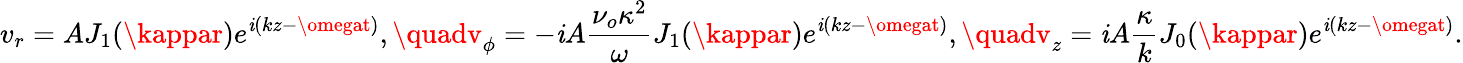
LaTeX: v_{r}=AJ_{1}(\kappar)e^{\mathit{i}(kz-\omegat)},\quadv_{\phi}=-\mathit{i}A\frac{{\nu_{o}\kappa^{2}}}{{\omega}}J_{1}(\kappar)e^{\mathit{i}(kz-\omegat)},\quadv_{z}=\mathit{i}A\frac{{\kappa}}{{k}}J_{0}(\kappar)e^{\mathit{i}(kz-\omegat)}.